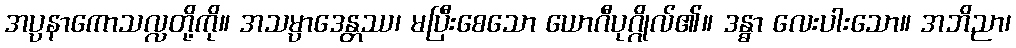
အပ္ပနာကောသလ္လတို့ကို။ အသမ္ပာဒေန္တဿ၊ မပြီးစေသော ယောဂီပုဂ္ဂိုလ်၏။ ဒန္ဓာ လေးပါးသော။ အဘိညာ၊